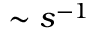
\sim s ^ { - 1 }